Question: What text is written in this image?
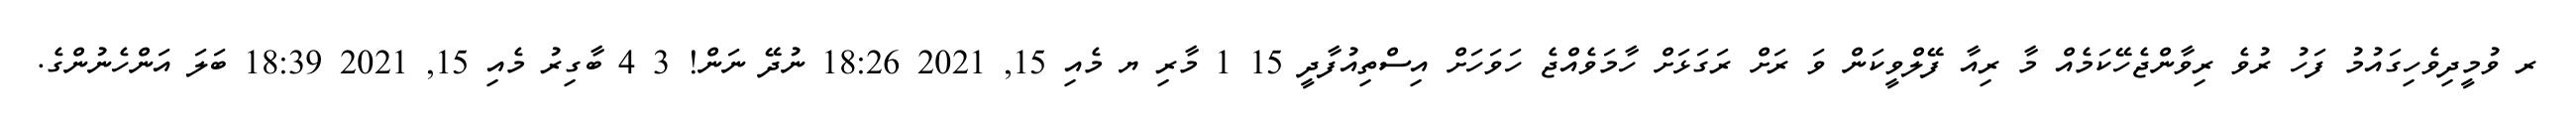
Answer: ރ ވުމީދިވެހިގައުމު ފަހު ރުވެ ރިވާންޖެހޭކަމެއް މާ ރިއާ ފޭލްވީކަން ވަ ރަށް ރަގަޅަށް ހާމަވެއްޖެ ހަވަހަށް އިސްތިއުފާދީ 15 1 މާރި ޔ މެއި 15, 2021 18:26 ނުދޭ ނަން! 3 4 ބާގިރު މެއި 15, 2021 18:39 ބަލަ އަންހެނުންގެ.